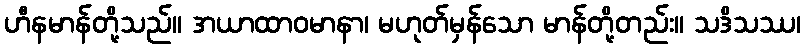
ဟီနမာန်တို့သည်။ အယာထာဝမာနာ၊ မဟုတ်မှန်သော မာန်တို့တည်း။ သဒိသဿ၊